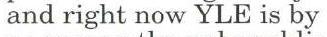
and right now YLE is by